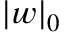
| \boldsymbol { w } | _ { 0 }